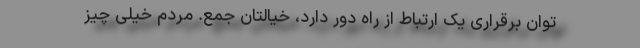
توان برقراری یک ارتباط از راه دور دارد، خیالتان جمع. مردم خیلی چیز